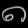
Digit: ၈